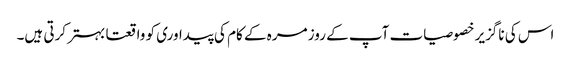
اس کی ناگزیر خصوصیات آپ کے روز مرہ کے کام کی پیداوری کو واقعتا بہتر کرتی ہیں۔